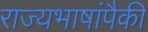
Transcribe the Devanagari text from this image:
राज्यभाषांपैकी